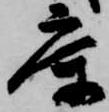
庫